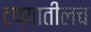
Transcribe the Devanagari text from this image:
टप्यातीलच